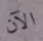
الآن